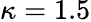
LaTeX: \kappa=1.5